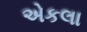
એકલા